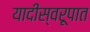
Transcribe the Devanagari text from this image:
यादीस्वरूपात